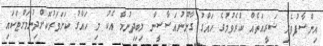
އިންސާފުވެރި ޝަރީއަތެއް ކުރެވުމުގެ ހައްގު ގާނޫނުއަސާސީން ލިބިދިނުމާ އެކު މި ހައްގު ކަށަވަރުކޮށްދިނުމަށްޓަކައި